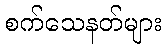
စက်သေနတ်များ